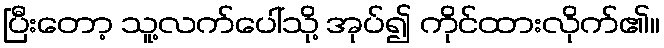
ပြီးတော့ သူ့လက်ပေါ်သို့ အုပ်၍ ကိုင်ထားလိုက်၏။